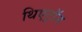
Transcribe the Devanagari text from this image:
थिएट्रॉन